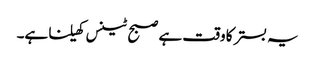
یہ بستر کا وقت ہے صبح ٹینس کھیلنا ہے۔